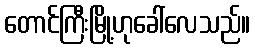
တောင်ကြီးမြို့ဟုခေါ်လေသည်။